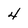
Character: 4